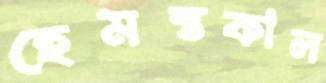
হেমন্তকাল